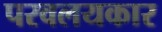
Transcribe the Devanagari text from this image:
परवलयकार